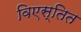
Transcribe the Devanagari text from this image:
विएस्तित